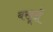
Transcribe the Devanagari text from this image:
बखूदों